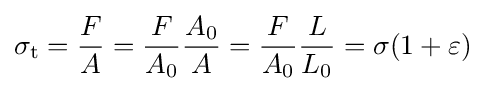
\sigma _{\mathrm {t} }={\frac {F}{A}}={\frac {F}{A_{0}}}{\frac {A_{0}}{A}}={\frac {F}{A_{0}}}{\frac {L}{L_{0}}}=\sigma (1+\varepsilon )